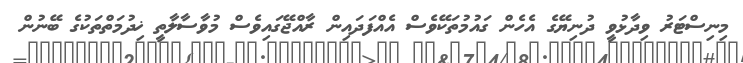
މިނިސްޓަރު ވިދާޅުވީ ދުނިޔޭގެ އެހެން ގައުމުތަކޭވެސް އެއްފަދައިން ރާއްޖޭގައިވެސް މުވާސާލާތީ ޚިދުމަތްތަކުގެ ބޭނުން